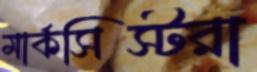
মার্কসিস্টরা